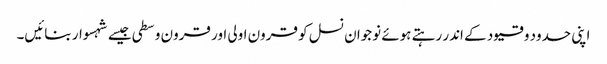
اپنی حدود و قیود کے اندر رہتے ہوئے نوجوان نسل کو قرون اولی اور قرون وسطی جیسے شہسوار بنائیں۔